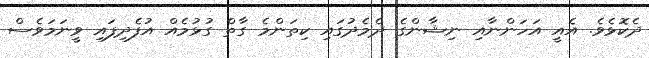
ދެކޮޅެވެ. އެއީ އަހަންނާއި ނިޝާންގެ ދެމެދުގައި ކިތަންމެ ގާތް ގުޅުމެއް އުފެދިފައި ވީނަމަވެސް